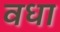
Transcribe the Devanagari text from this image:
वधा